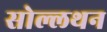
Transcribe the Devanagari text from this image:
सोल्लथन